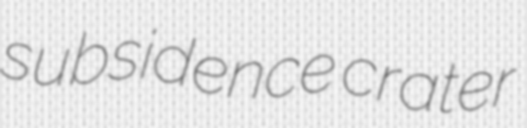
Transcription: subsidence crater